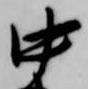
中